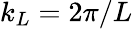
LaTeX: k_{L}=2\pi/L